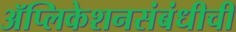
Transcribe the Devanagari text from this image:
ॲप्लिकेशनसंबंधीची